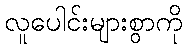
လူပေါင်းများစွာကို